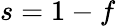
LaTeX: s=1-f